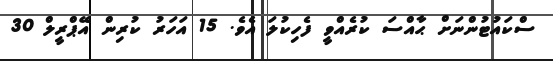
ސްކައުޓުންނަށް ޙާއްސަ ކުރެއްވީ ފެހިކުލަ އެވެ. 15 އަހަރު ކުރިން އޭޕްރީލް 30